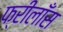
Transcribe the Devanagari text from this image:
फ्रीलाँस